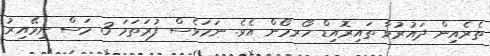
ތެރެއިން ދައުރުވާ ތައިރޮއިޑް ހޯރމޯން އެވެ. ނަމަވެސް ފުރަތަމަ 3 މަސް ނިމޭއިރު